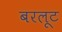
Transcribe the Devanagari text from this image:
बरलूट